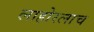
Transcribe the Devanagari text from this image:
लाहोरलाच